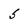
Character: 5